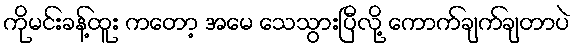
ကိုမင်းခန့်ထူး ကတော့ အမေ သေသွားပြီလို့ ကောက်ချက်ချတာပဲ